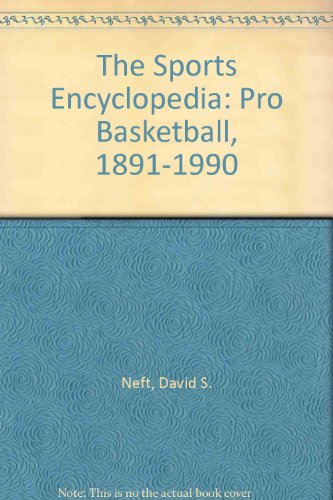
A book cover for The Sports Encyclopedia: Pro Basketball, 1891-1990; David S. Neft; Sports & Outdoors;